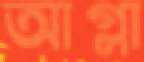
আগ্লা